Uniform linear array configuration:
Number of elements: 24
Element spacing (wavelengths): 0.75
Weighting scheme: cosine
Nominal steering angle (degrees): -15
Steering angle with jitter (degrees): -13.548
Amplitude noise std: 0.05
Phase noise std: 0.05

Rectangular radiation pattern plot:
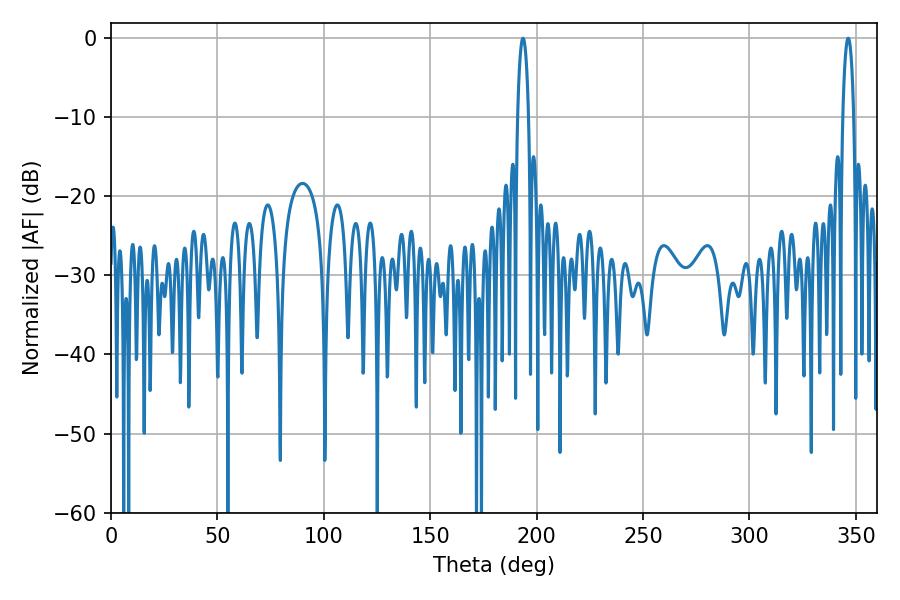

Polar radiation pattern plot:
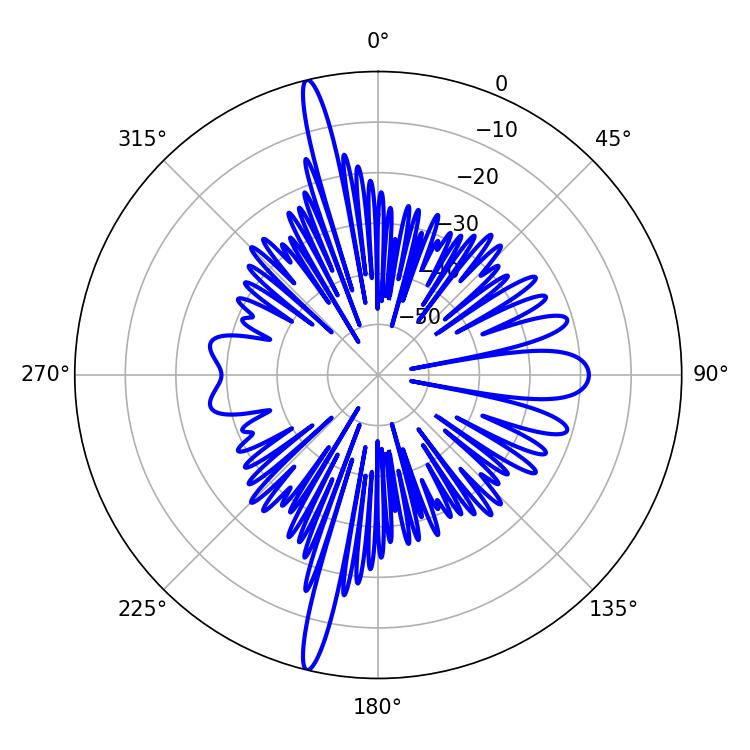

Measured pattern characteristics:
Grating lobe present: TRUE
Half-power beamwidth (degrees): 2.88
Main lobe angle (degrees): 346.32